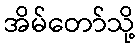
အိမ်တော်သို့